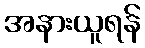
အနားယူရန်